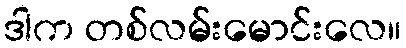
ဒါက တစ်လမ်းမောင်းလေ။